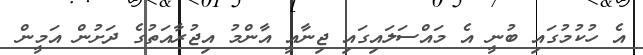
އެ ހުކުމުގައި ބުނީ އެ މައްސަލައިގައި ޖިނާއީ އާންމު އިޖުރާއަތުގެ ދަށުން އަމީން